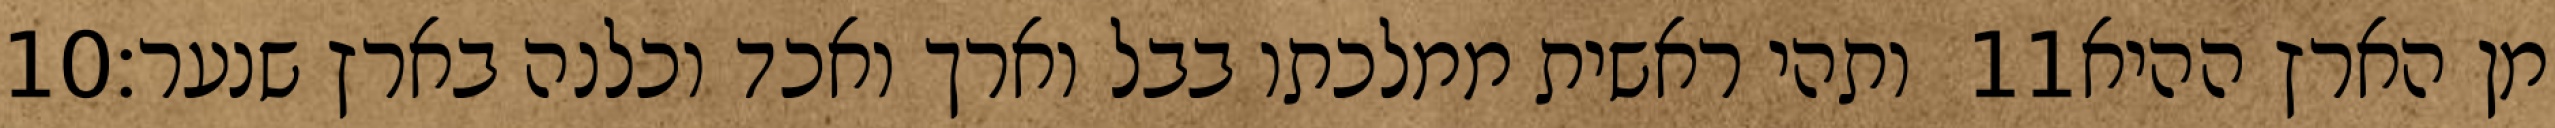
‎10‏ ותהי ראשית ממלכתו בבל וארך ואכד וכלנה בארץ שנער׃ ‎11‏ מן הארץ ההיא